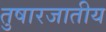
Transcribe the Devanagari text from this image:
तुषारजातीय